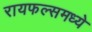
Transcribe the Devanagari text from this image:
रायफल्समध्ये